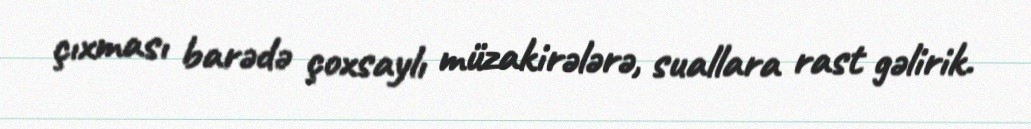
çıxması barədə çoxsaylı müzakirələrə, suallara rast gəlirik.